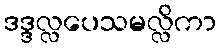
ဒဒ္ဒလ္လပေသမလ္လိကာ